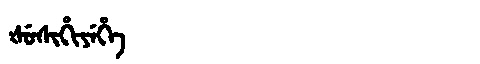
Manchu: ᡧᡠᠰᡳᡥᡳᠶᡝᡥᡝ
Romanization: ŠUSIHIYEHE